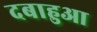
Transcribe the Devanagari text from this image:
दबाहुआ